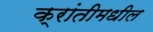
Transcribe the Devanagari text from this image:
क्रांतीमधील